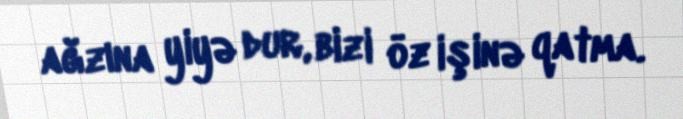
ağzına yiyə dur, bizi öz işinə qatma.